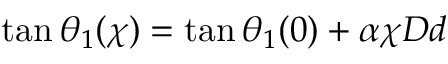
\tan \theta _ { 1 } ( \chi ) = \tan \theta _ { 1 } ( 0 ) + \alpha \chi D d